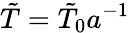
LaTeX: \tilde{T}=\tilde{T}_{0}a^{-1}